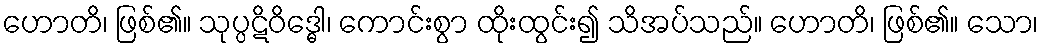
ဟောတိ၊ ဖြစ်၏။ သုပ္ပဋိဝိဒ္ဓေါ၊ ကောင်းစွာ ထိုးထွင်း၍ သိအပ်သည်။ ဟောတိ၊ ဖြစ်၏။ သော၊